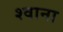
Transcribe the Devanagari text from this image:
श्वाना